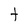
Character: t